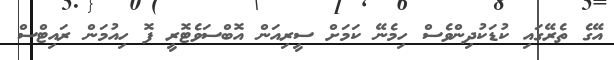
އޭގެ ތެރޭގައި ކުޑަކުދިންވެސް ހިމެނޭ ކަމަށް ސީރިއަން އޮބްސަވެޓޮރީ ފޮ ހިއުމަން ރައިޓްސް